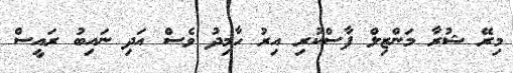
މިރޭ ޝުރާ މަންޒިލް ފާސްކުރި އިރު ހާމިދު ވެސް އަދި ނައިބު ރައީސް